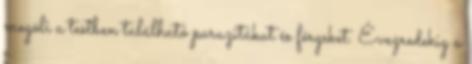
megöli a testben található parazitákat és férgeket. Évezredekig a